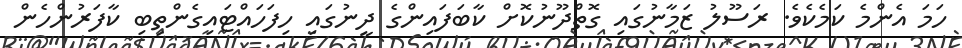
ހަމަ އެންމެ ކަމެކެވެ. ރަސޫލު ޒަމާނުގައި ގޮތްދޫނުކޮށް ކާބަފައިންގެ ދީނުގައި ހިފަހައްޓައިގެންތިބި ކާފަރުންހެން